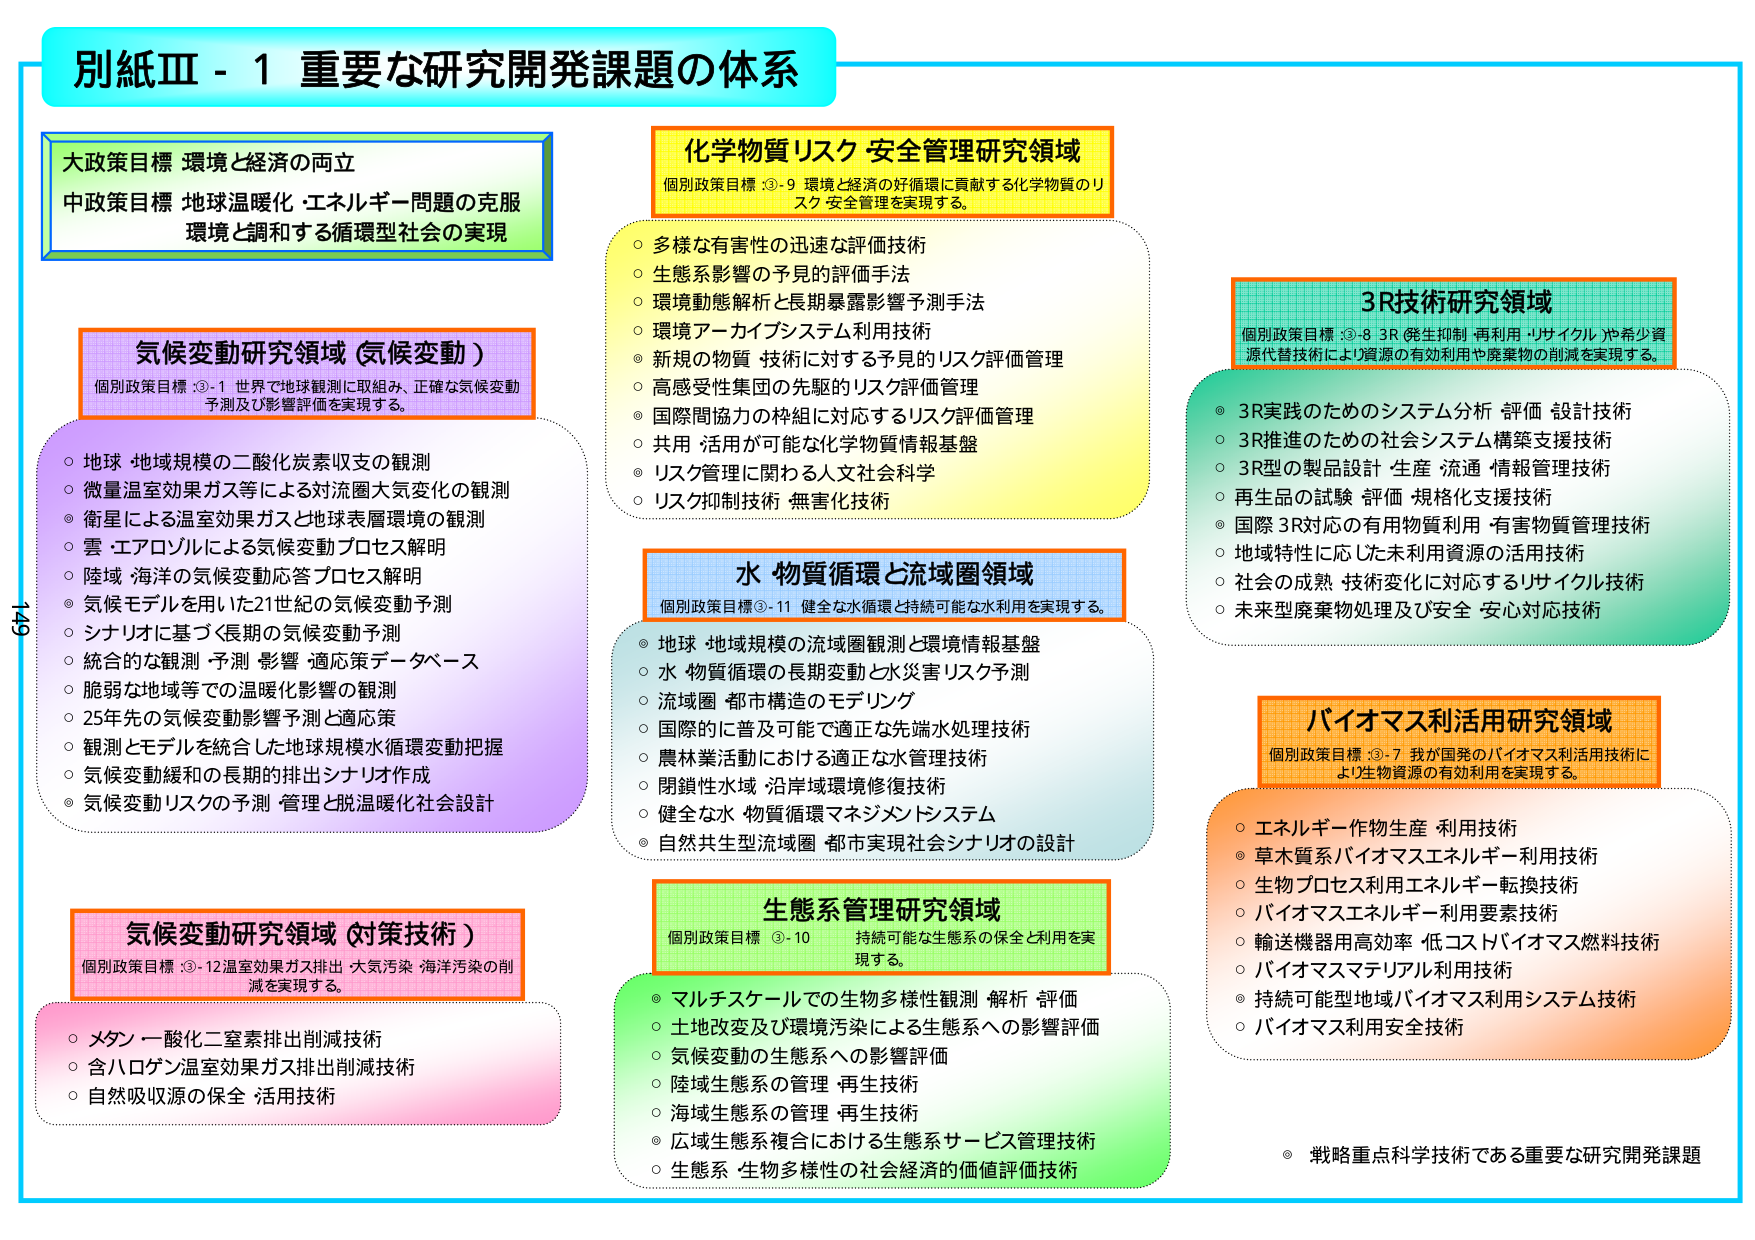
別紙Ⅲ - 1 重要な研究開発課題の体系

大政策目標 環境と経済の両立
中政策目標 地球温暖化・エネルギー問題の克服
環境と調和する循環型社会の実現

気候変動研究領域（気候変動）
個別政策目標 ③-1 世界で地球観測に取組み、正確な気候変動
予測及び影響評価を実現する。
○ 地球・地域規模の二酸化炭素収支の観測
○ 微量温室効果ガス等による対流圏大気変化の観測
◎ 衛星による温室効果ガスと地球表層環境の観測
○ 雲・エアロゾルによる気候変動プロセス解明
○ 陸域・海洋の気候変動応答プロセス解明
○ 気候モデルを用いた21世紀の気候変動予測
○ シナリオに基づく長期の気候変動予測
○ 統合的な観測・予測・影響・適応策データベース
○ 脆弱な地域等での温暖化影響の観測
○ 25年先の気候変動影響予測と適応策
○ 観測とモデルを統合した地球規模水循環変動把握
○ 気候変動緩和の長期的排出シナリオ作成
◎ 気候変動リスクの予測・管理と脱温暖化社会設計

気候変動研究領域（対策技術）
個別政策目標 ③-12 温室効果ガス排出・大気汚染・海洋汚染の削減を実現する。
○ メタン・一酸化二窒素排出削減技術
○ 含ハロゲン温室効果ガス排出削減技術
○ 自然吸収源の保全・活用技術

化学物質リスク・安全管理研究領域
個別政策目標 ③-9 環境と経済の好循環に貢献する化学物質のリスク安全管理を実現する。
○ 多様な有害性の迅速な評価技術
○ 生態系影響の予見的評価手法
○ 環境動態解析と長期暴露影響予測手法
○ 環境アーカイブシステム利用技術
◎ 新規の物質・技術に対する予見的リスク評価管理
○ 高感受性集団の先駆的リスク評価管理
○ 国際間協力の枠組に対応するリスク評価管理
○ 共用・活用が可能な化学物質情報基盤
◎ リスク管理に関わる人文社会科学
○ リスク抑制技術・無害化技術

水・物質循環と流域圏領域
個別政策目標 ③-11 健全な水循環と持続可能な水利用を実現する。
◎ 地球・地域規模の流域圏観測と環境情報基盤
○ 水・物質循環の長期変動と水災害リスク予測
○ 流域圏・都市構造のモデリング
○ 国際的に普及可能で適正な先端水処理技術
○ 農林業活動における適正な水管理技術
○ 閉鎖性水域・沿岸域環境修復技術
○ 健全な水・物質循環マネジメントシステム
◎ 自然共生型流域圏・都市実現社会シナリオの設計

生態系管理研究領域
個別政策目標 ③-10 持続可能な生態系の保全と利用を実現する。
◎ マルチスケールでの生物多様性観測・解析・評価
○ 土地改変及び環境汚染による生態系への影響評価
○ 気候変動の生態系への影響評価
○ 陸域生態系の管理・再生技術
○ 海域生態系の管理・再生技術
◎ 広域生態系複合における生態系サービス管理技術
○ 生態系・生物多様性の社会経済的価値評価技術

3R技術研究領域
個別政策目標 ③-8 3R（発生抑制・再利用・リサイクル）や希少資源代替技術により資源の有効利用や廃棄物の削減を実現する。
◎ 3R実践のためのシステム分析・評価・設計技術
○ 3R推進のための社会システム構築支援技術
○ 3R型の製品設計・生産・流通・情報管理技術
○ 再生品の試験・評価・規格化支援技術
◎ 国際3R対応の有用物質利用・有害物質管理技術
○ 地域特性に応じた未利用資源の活用技術
○ 社会の成熟・技術変化に対応するリサイクル技術
○ 未来型廃棄物処理及び安全・安心対応技術

バイオマス利活用研究領域
個別政策目標 ③-7 我が国発のバイオマス利活用技術により生物資源の有効利用を実現する。
○ エネルギー作物生産・利用技術
◎ 草木質系バイオマスエネルギー利用技術
○ 生物プロセス利用エネルギー転換技術
○ バイオマスエネルギー利用要素技術
○ 輸送機器用高効率・低コストバイオマス燃料技術
○ バイオマスマテリアル利用技術
◎ 持続可能型地域バイオマス利用システム技術
○ バイオマス利用安全技術

◎ 戦略重点科学技術である重要な研究開発課題

149